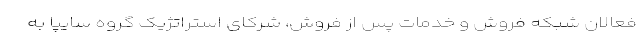
فعالان شبکه فروش و خدمات پس از فروش، شرکای استراتژیک گروه سایپا به